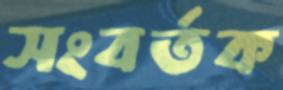
সংবর্তক